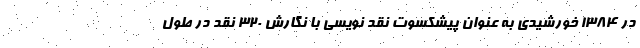
در ۱۳۸۴ خورشیدی به عنوان پیشکسوت نقد نویسی با نگارش ۳۲۰ نقد در طول